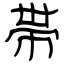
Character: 帯